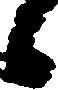
候